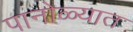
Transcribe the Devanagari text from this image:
पानोळ्यात